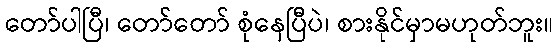
တော်ပါပြီ၊ တော်တော် စုံနေပြီပဲ၊ စားနိုင်မှာမဟုတ်ဘူး။